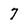
Character: 7